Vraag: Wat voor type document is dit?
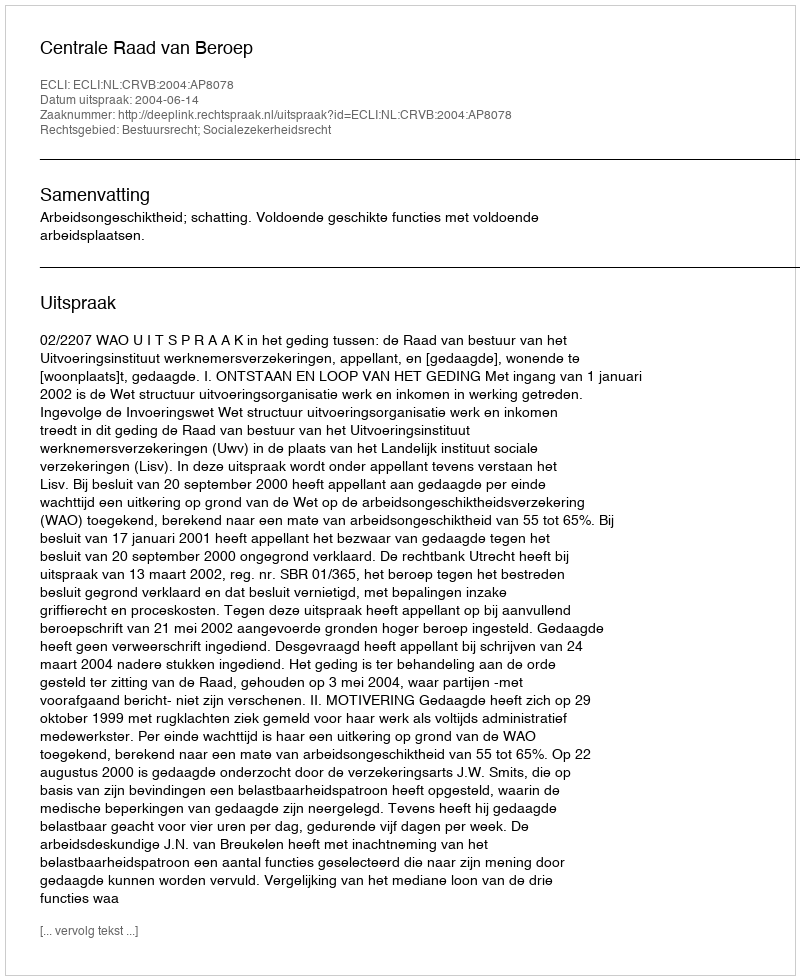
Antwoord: Uitspraak